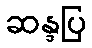
ဆန္ဒပြ